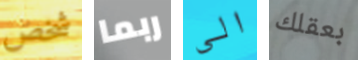
شخص ربما الى بعقلك